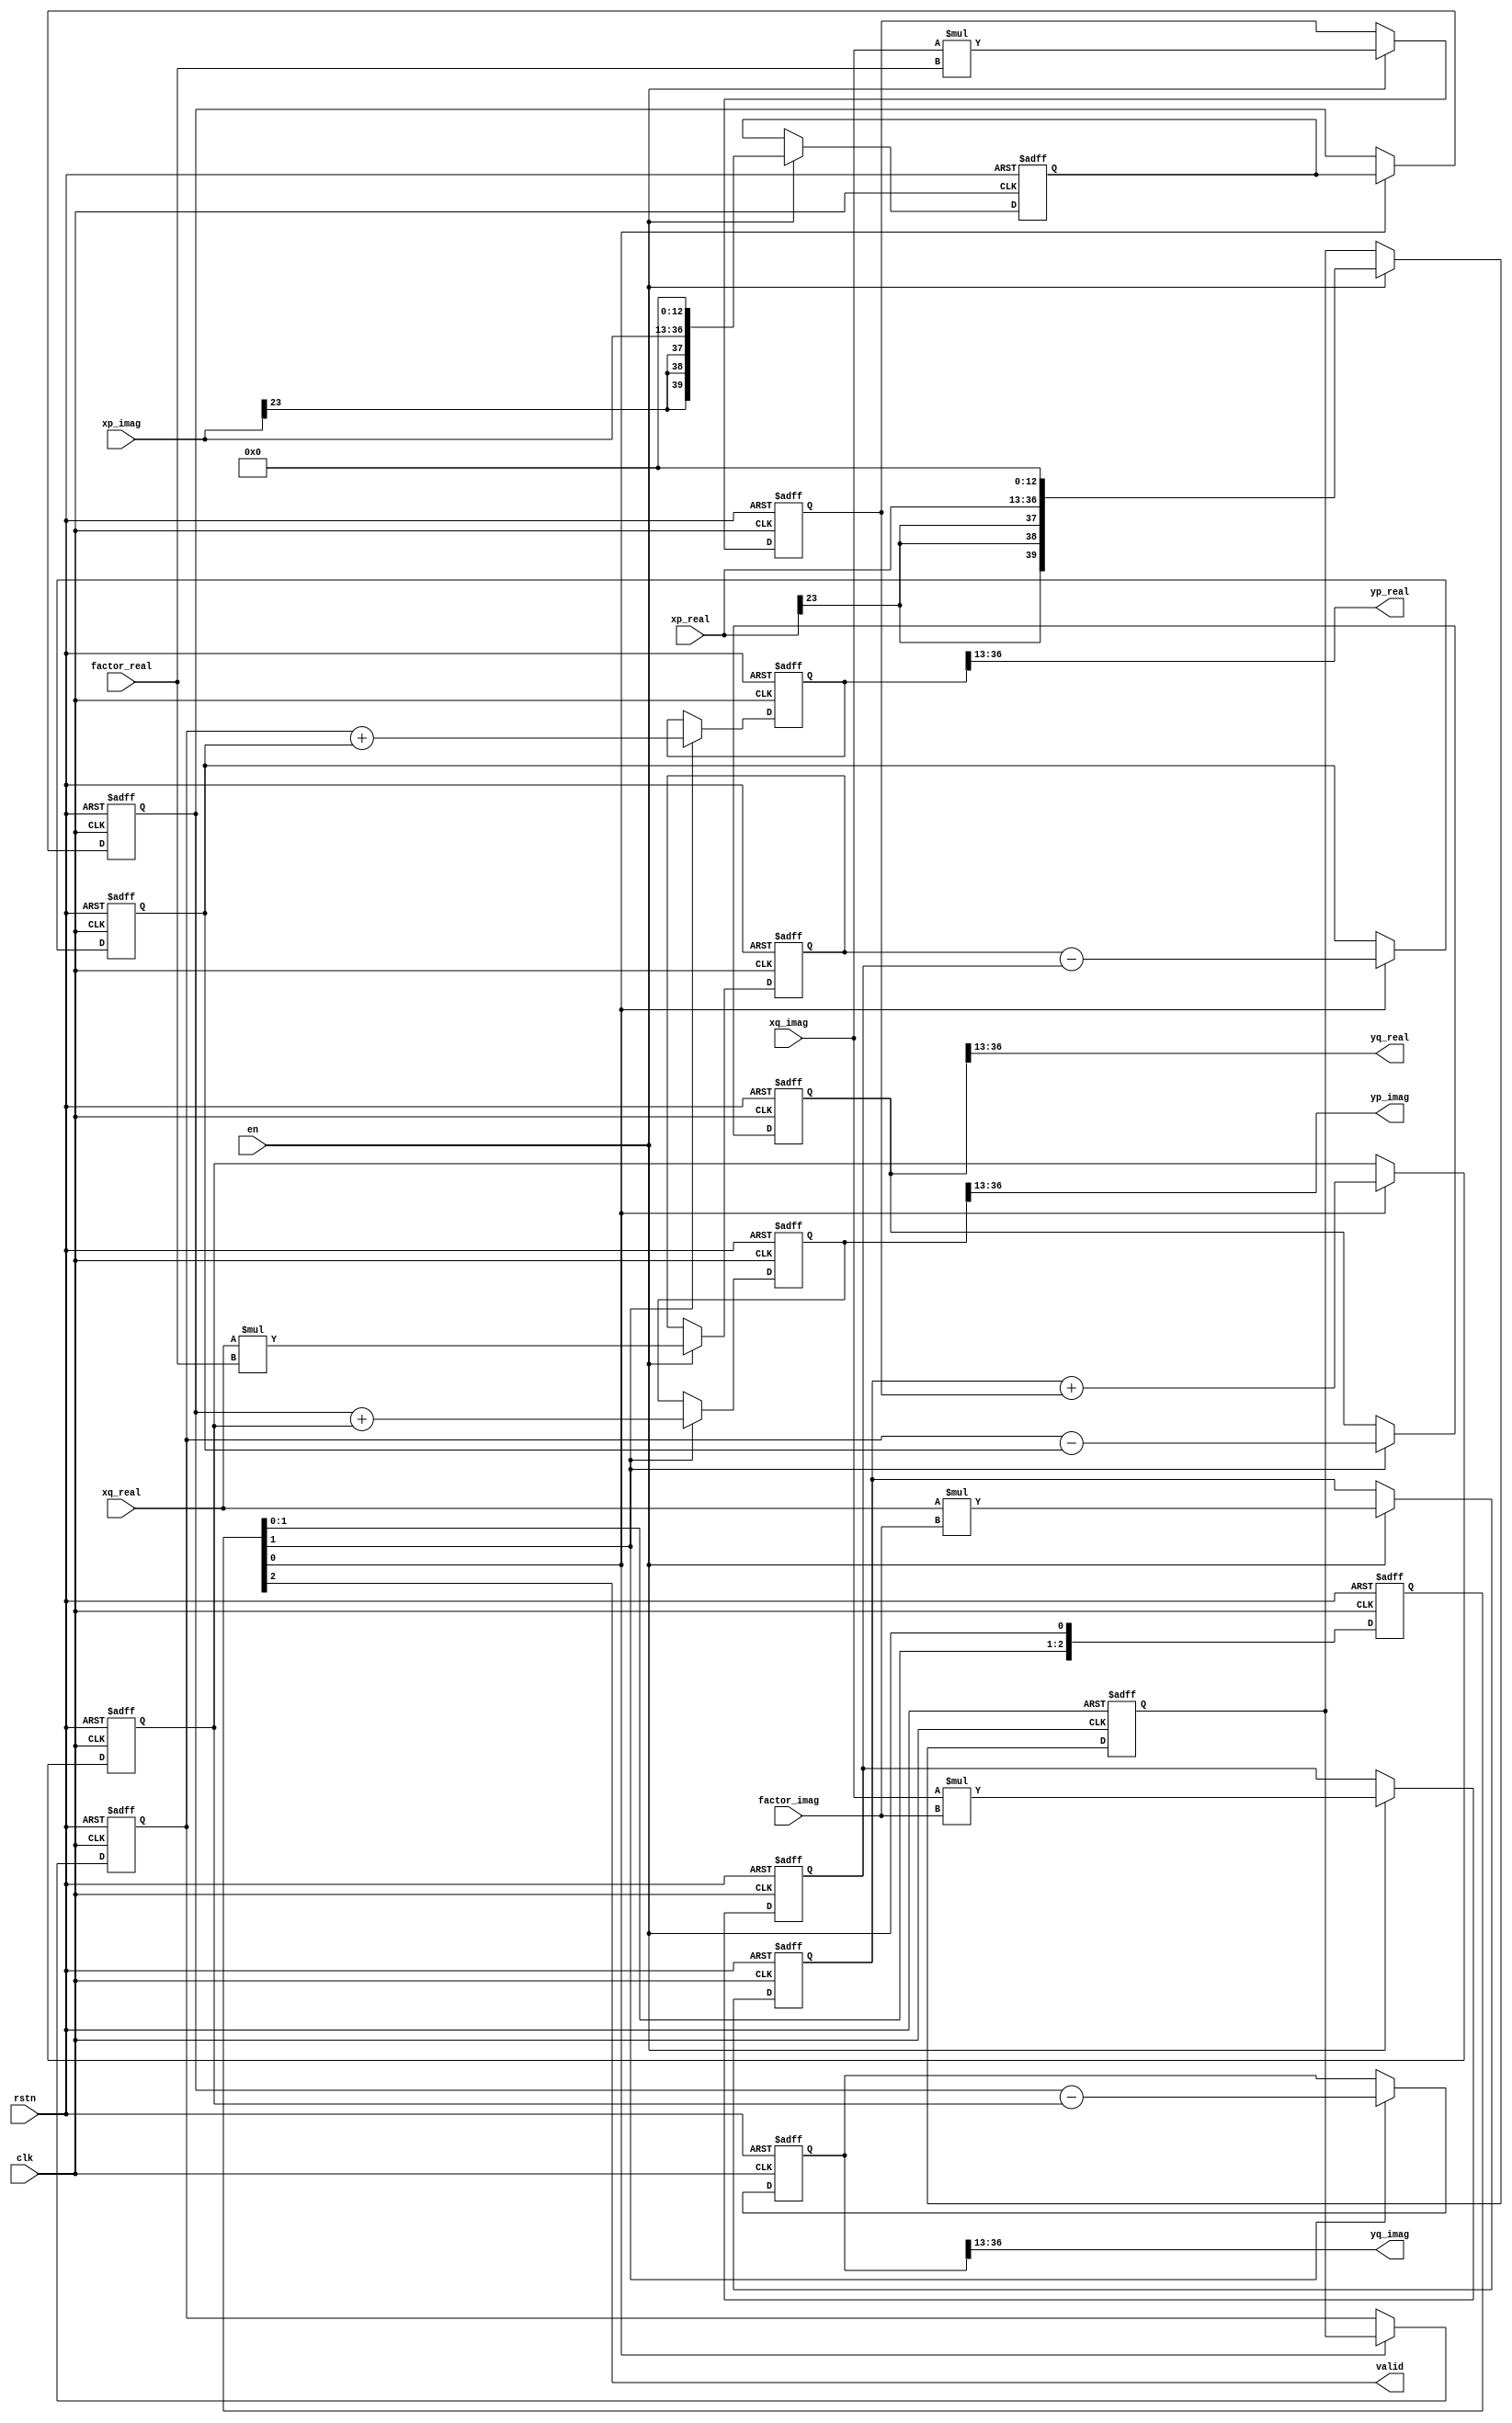
`timescale 1ns/100ps
/**************** butter unit *************************
Xm(p) ------------------------> Xm+1(p)
           -        ->
             -    -
                -
              -   -
            -        ->
Xm(q) ------------------------> Xm+1(q)
      Wn          -1
*//////////////////////////////////////////////////////
module butterfly
    (
     input                       clk,
     input                       rstn,
     input                       en,
     input signed [23:0]         xp_real, // Xm(p)
     input signed [23:0]         xp_imag,
     input signed [23:0]         xq_real, // Xm(q)
     input signed [23:0]         xq_imag,
     input signed [15:0]         factor_real, // Wnr
     input signed [15:0]         factor_imag,

     output                      valid,
     output signed [23:0]        yp_real, //Xm+1(p)
     output signed [23:0]        yp_imag,
     output signed [23:0]        yq_real, //Xm+1(q)
     output signed [23:0]        yq_imag);

    reg [4:0]                    en_r ;
    always @(posedge clk or negedge rstn) begin
        if (!rstn) begin
            en_r   <= 'b0 ;
        end
        else begin
            en_r   <= {en_r[3:0], en} ;
        end
    end

    //=====================================================//
    //(1.0) Xm(q) mutiply and Xm(p) delay
    reg signed [39:0] xq_wnr_real0;
    reg signed [39:0] xq_wnr_real1;
    reg signed [39:0] xq_wnr_imag0;
    reg signed [39:0] xq_wnr_imag1;
    reg signed [39:0] xp_real_d;
    reg signed [39:0] xp_imag_d;
    always @(posedge clk or negedge rstn) begin
        if (!rstn) begin
            xp_real_d    <= 'b0;
            xp_imag_d    <= 'b0;
            xq_wnr_real0 <= 'b0;
            xq_wnr_real1 <= 'b0;
            xq_wnr_imag0 <= 'b0;
            xq_wnr_imag1 <= 'b0;
        end
        else if (en) begin
            xq_wnr_real0 <= xq_real * factor_real;
            xq_wnr_real1 <= xq_imag * factor_imag;
            xq_wnr_imag0 <= xq_real * factor_imag;
            xq_wnr_imag1 <= xq_imag * factor_real;
            //expanding 8192 times as Wnr
            xp_real_d    <= {{4{xp_real[23]}}, xp_real[22:0], 13'b0};
            xp_imag_d    <= {{4{xp_imag[23]}}, xp_imag[22:0], 13'b0};
        end
    end

    //(1.1) get Xm(q) mutiplied-results and Xm(p) delay again
    reg signed [39:0] xp_real_d1;
    reg signed [39:0] xp_imag_d1;
    reg signed [39:0] xq_wnr_real;
    reg signed [39:0] xq_wnr_imag;
    always @(posedge clk or negedge rstn) begin
        if (!rstn) begin
            xp_real_d1     <= 'b0;
            xp_imag_d1     <= 'b0;
            xq_wnr_real    <= 'b0 ;
            xq_wnr_imag    <= 'b0 ;
        end
        else if (en_r[0]) begin
            xp_real_d1     <= xp_real_d;
            xp_imag_d1     <= xp_imag_d;
            //
            xq_wnr_real    <= xq_wnr_real0 - xq_wnr_real1 ;
            xq_wnr_imag    <= xq_wnr_imag0 + xq_wnr_imag1 ;
      end
    end

   //======================================================//
   //(2.0) butter results
    reg signed [39:0] yp_real_r;
    reg signed [39:0] yp_imag_r;
    reg signed [39:0] yq_real_r;
    reg signed [39:0] yq_imag_r;
    always @(posedge clk or negedge rstn) begin
        if (!rstn) begin
            yp_real_r      <= 'b0;
            yp_imag_r      <= 'b0;
            yq_real_r      <= 'b0;
            yq_imag_r      <= 'b0;
        end
        else if (en_r[1]) begin
            yp_real_r      <= xp_real_d1 + xq_wnr_real;
            yp_imag_r      <= xp_imag_d1 + xq_wnr_imag;
            yq_real_r      <= xp_real_d1 - xq_wnr_real;
            yq_imag_r      <= xp_imag_d1 - xq_wnr_imag;
        end
    end

    //(3) discard the low 13bits because of Wnr
    assign yp_real = {yp_real_r[39], yp_real_r[13+23:13]};
    assign yp_imag = {yp_imag_r[39], yp_imag_r[13+23:13]};
    assign yq_real = {yq_real_r[39], yq_real_r[13+23:13]};
    assign yq_imag = {yq_imag_r[39], yq_imag_r[13+23:13]};
    assign valid   = en_r[2];

endmodule